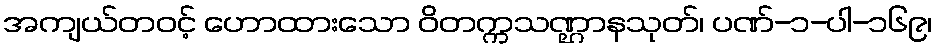
အကျယ်တဝင့် ဟောထားသော ဝိတက္ကသဏ္ဌာနသုတ်၊ ပဏ်-၁-ပါ-၁၆၉၊